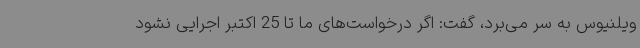
ویلنیوس به سر می‌برد، گفت: اگر درخواست‌های ما تا 25 اکتبر اجرایی نشود